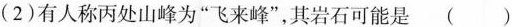
(2)有人称丙处山峰为”飞来峰”，其岩石可能是( )